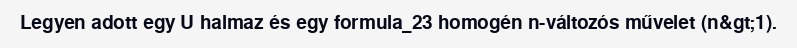
Legyen adott egy U halmaz és egy formula_23 homogén n-változós művelet (n&gt;1).